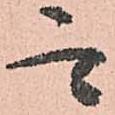
而